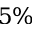
5 \%